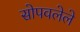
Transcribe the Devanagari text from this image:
सोपवलेले